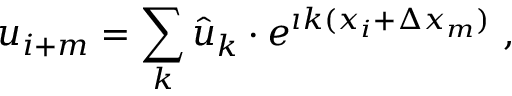
u _ { i + m } = \sum _ { k } \hat { u } _ { k } \cdot e ^ { \imath k ( x _ { i } + \Delta x _ { m } ) } \ ,